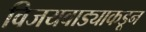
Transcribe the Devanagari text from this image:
विजयवाड्याकडून